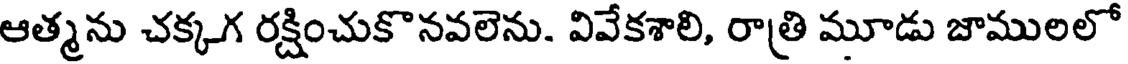
ఆత్మను చక్కగ రక్షించుకొనవలెను. వివేకశాలి, రాత్రి మూడు జాములలో